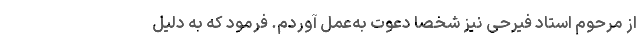
از مرحوم استاد فیرحی نیز شخصا دعوت به‌عمل آوردم. فرمود که به دلیل